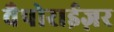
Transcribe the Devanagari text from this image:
वैपोराईज़र